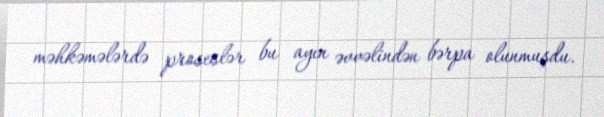
məhkəmələrdə proseslər bu ayın əvvəlindən bərpa olunmuşdu.